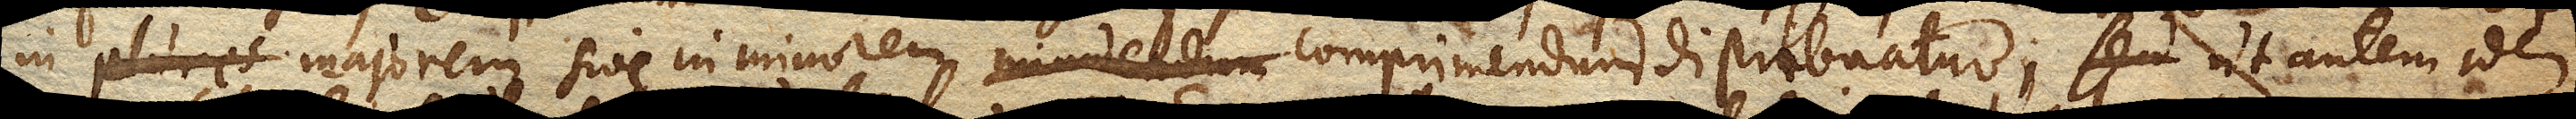
in plures majorem sive in minorem minuendum comprimendum distribuatur, ut autem idem